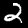
Label: 2